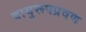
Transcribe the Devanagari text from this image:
वायुरूपप्रवण